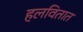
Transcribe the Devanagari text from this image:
हलवितात